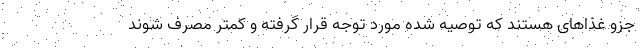
جزو غذاهای هستند که توصیه شده مورد توجه قرار گرفته و کمتر مصرف شوند